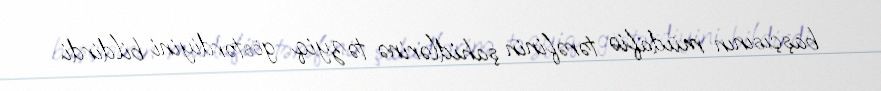
başçısının müdafiə tərəfinin şahidlərinə təzyiq göstərdiyini bildirdi.